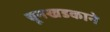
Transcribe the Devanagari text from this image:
चूनखडकाने